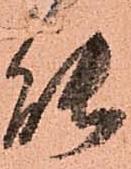
能